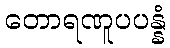
တောရဏူပပန္နံ